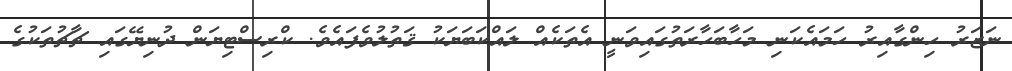
ނަޒަރު ހިންގާއިރު ހަމައެކަނި މަހާބަހާރަތުގައިވަނީ އެތަކެއް ލައްކަބަޔަކު ޤަތުލުވެފައެވެ. ކްރިސްޓިޔަން ދުނިޔޭގައި ޗާޗުތަކުގެ